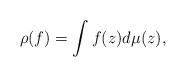
LaTeX: \begin{align*}\rho(f)=\int f(z) d\mu(z),\end{align*}